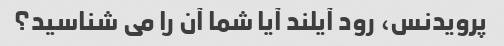
پرویدنس، رود آیلند آیا شما آن را می شناسید؟